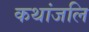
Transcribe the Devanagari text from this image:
कथांजलि